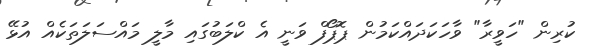
ކުރިން "ހަވީރާ" ވާހަކަދައްކަމުން ޕޮޕޯފް ވަނީ އެ ކްލަބުގައި މާލީ މައްސަލަތަކެއް އުޅޭ